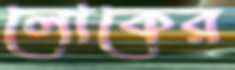
লোকের